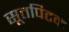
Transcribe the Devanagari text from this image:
सूत्तपिटक